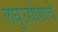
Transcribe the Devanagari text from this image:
लघुउद्योगाचे